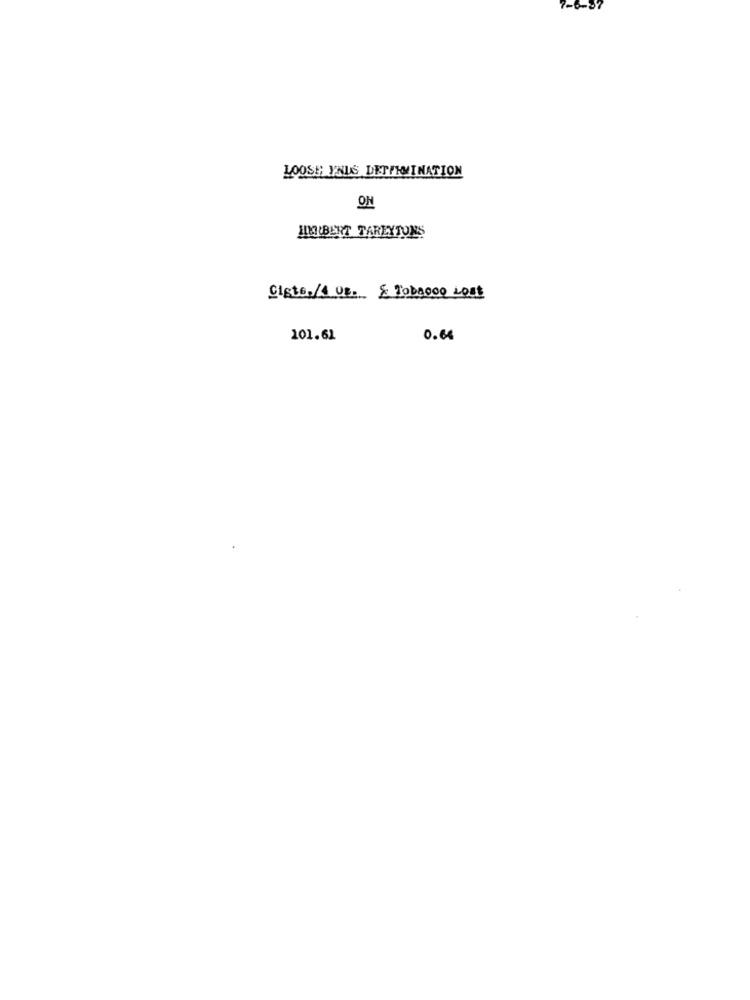
-6-87
LOOSE; YNUS DETERMINATION
ON
HELLBENT TAREYTONS
Ciste,/4 us. & Tobago0 Lost
101.61
0.66